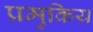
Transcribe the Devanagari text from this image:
प्रमुकिय